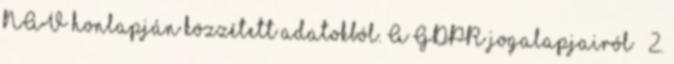
NAV honlapján közzétett adatokból. A GDPR jogalapjairól – 2.